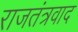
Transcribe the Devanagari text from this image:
राजतंत्रवाद